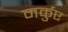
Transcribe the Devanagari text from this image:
मर्कुए